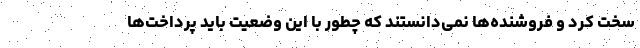
سخت کرد و فروشنده‌ها نمی‌دانستند که چطور با این وضعیت باید پرداخت‌ها